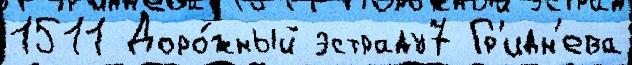
1511 Доро́жный эстраду7 Гр'идн'ева